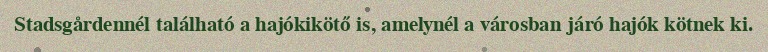
Stadsgårdennél található a hajókikötő is, amelynél a városban járó hajók kötnek ki.